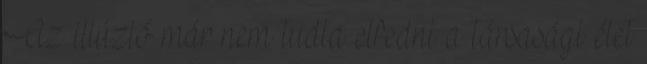
Az illúzió már nem tudta elfedni a társasági élet